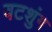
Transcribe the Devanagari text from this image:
वटशुंग